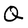
Character: Q